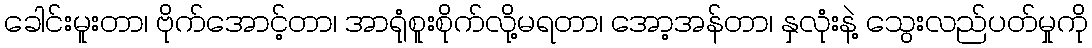
ခေါင်းမူးတာ၊ ဗိုက်အောင့်တာ၊ အာရုံစူးစိုက်လို့မရတာ၊ အော့အန်တာ၊ နှလုံးနဲ့ သွေးလည်ပတ်မှုကို